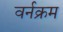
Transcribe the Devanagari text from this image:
वर्नक्रम